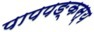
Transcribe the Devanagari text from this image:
पापपङ्कस्य